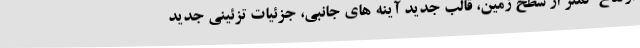
ارتفاع کمتر از سطح زمین، قالب جدید آینه های جانبی، جزئیات تزئینی جدید